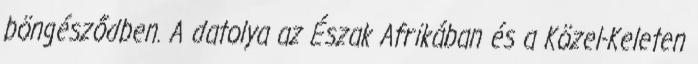
böngésződben. A datolya az Észak Afrikában és a Közel-Keleten